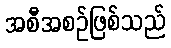
အစီအစဉ်ဖြစ်သည်